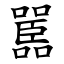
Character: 嚚